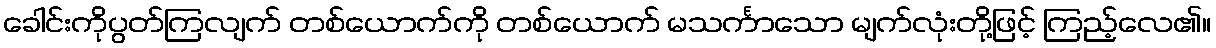
ခေါင်းကိုပွတ်ကြလျက် တစ်ယောက်ကို တစ်ယောက် မသင်္ကာသော မျက်လုံးတို့ဖြင့် ကြည့်လေ၏။